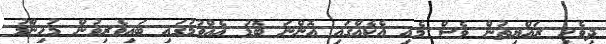
ދިވެހި ރައްޔިތުން ވެސް މެއި އެކެއްގައި އޮންނަ ބޮޑު އެއްވުމުގައި ބައިވެރިވުން މުހިންމު